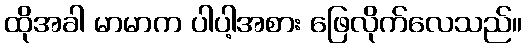
ထိုအခါ မာမာက ပါပါ့အစား ဖြေလိုက်လေသည်။